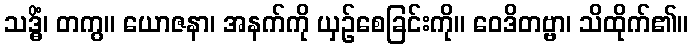
သဒ္ဓိံ၊ တကွ။ ယောဇနာ၊ အနက်ကို ယှဉ်စေခြင်းကို။ ဝေဒိတဗ္ဗာ၊ သိထိုက်၏။